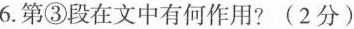
6.第③段在文中有何作用?(2分)